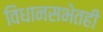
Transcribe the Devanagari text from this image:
विधानसभेतही